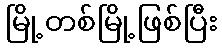
မြို့တစ်မြို့ဖြစ်ပြီး